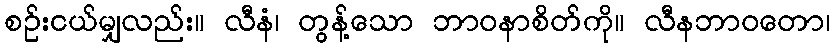
စဉ်းငယ်မျှလည်း။ လီနံ၊ တွန့်သော ဘာဝနာစိတ်ကို။ လီနဘာဝတော၊